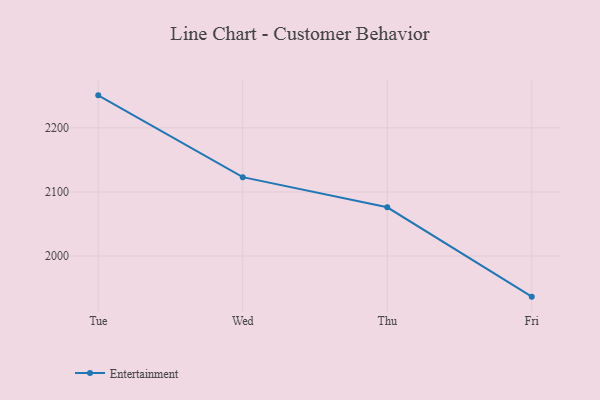
{"axis": {"x": "Day", "y": "Population (Million)"}, "legend": ["Entertainment"], "data": [{"x": "Tue", "y": 2250.8, "type": "Entertainment"}, {"x": "Wed", "y": 2123.1, "type": "Entertainment"}, {"x": "Thu", "y": 2076.1, "type": "Entertainment"}, {"x": "Fri", "y": 1936.6, "type": "Entertainment"}]}